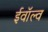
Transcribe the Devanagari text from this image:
ईवॉल्व